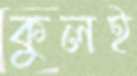
কুলই